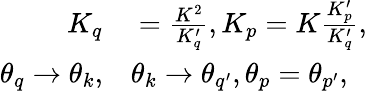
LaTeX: \begin{array}{rl}{K_{q}}&{{}=\frac{K^{2}}{K_{q}^{\prime}},K_{p}=K\frac{K_{p}^{\prime}}{K_{q}^{\prime}},}\\ {\theta_{q}\rightarrow\theta_{k},}&{{}\theta_{k}\rightarrow\theta_{q^{\prime}},\theta_{p}=\theta_{p^{\prime}},}\end{array}